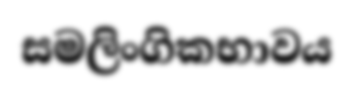
සමලිංගිකභාවය